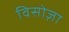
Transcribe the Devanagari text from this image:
विसोज़ा